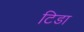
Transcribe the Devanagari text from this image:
टिडा